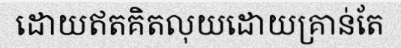
ដោយឥតគិតលុយដោយគ្រាន់តែ